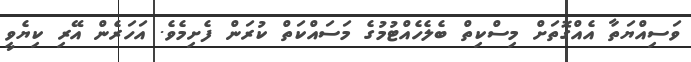
ވަސިއްޔަތާ އެއްގޮތަށް މިސްކިތް ބެލެހެއްޓުމުގެ މަސައްކަތް ކުރަން ފެށިމެވެ. އަހަރެން އޭރި ކިޔެވީ